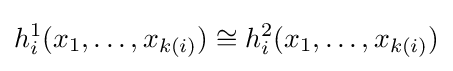
h_{i}^{1}(x_{1},\ldots ,x_{k(i)})\cong h_{i}^{2}(x_{1},\ldots ,x_{k(i)})